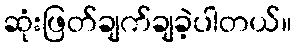
ဆုံးဖြတ်ချက်ချခဲ့ပါတယ်။